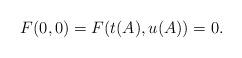
LaTeX: \begin{align*}F(0,0)=F(t(A),u(A))=0.\end{align*}